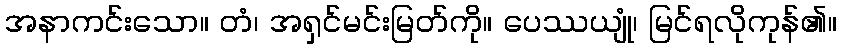
အနာကင်းသော။ တံ၊ အရှင်မင်းမြတ်ကို။ ပေဿယျုံ၊ မြင်ရလိုကုန်၏။